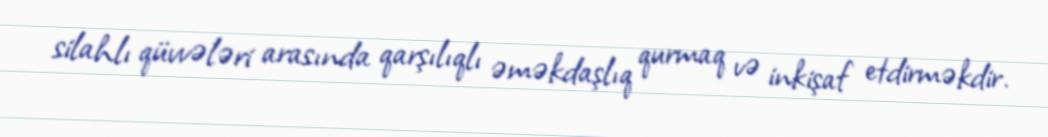
silahlı qüvvələri arasında qarşılıqlı əməkdaşlıq qurmaq və inkişaf etdirməkdir.